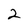
Character: 2